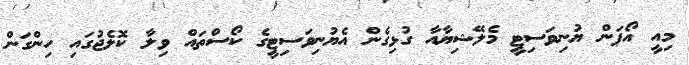
މިއީ އޯޕަން ޔުނިވަސިޓީ މެލޭޝިޔާއާ ގުޅިގެން އެޔުނިވަސިޓީގެ ކޯސްތައް ވިލާ ކޮލެޖުގައި ހިންގަން